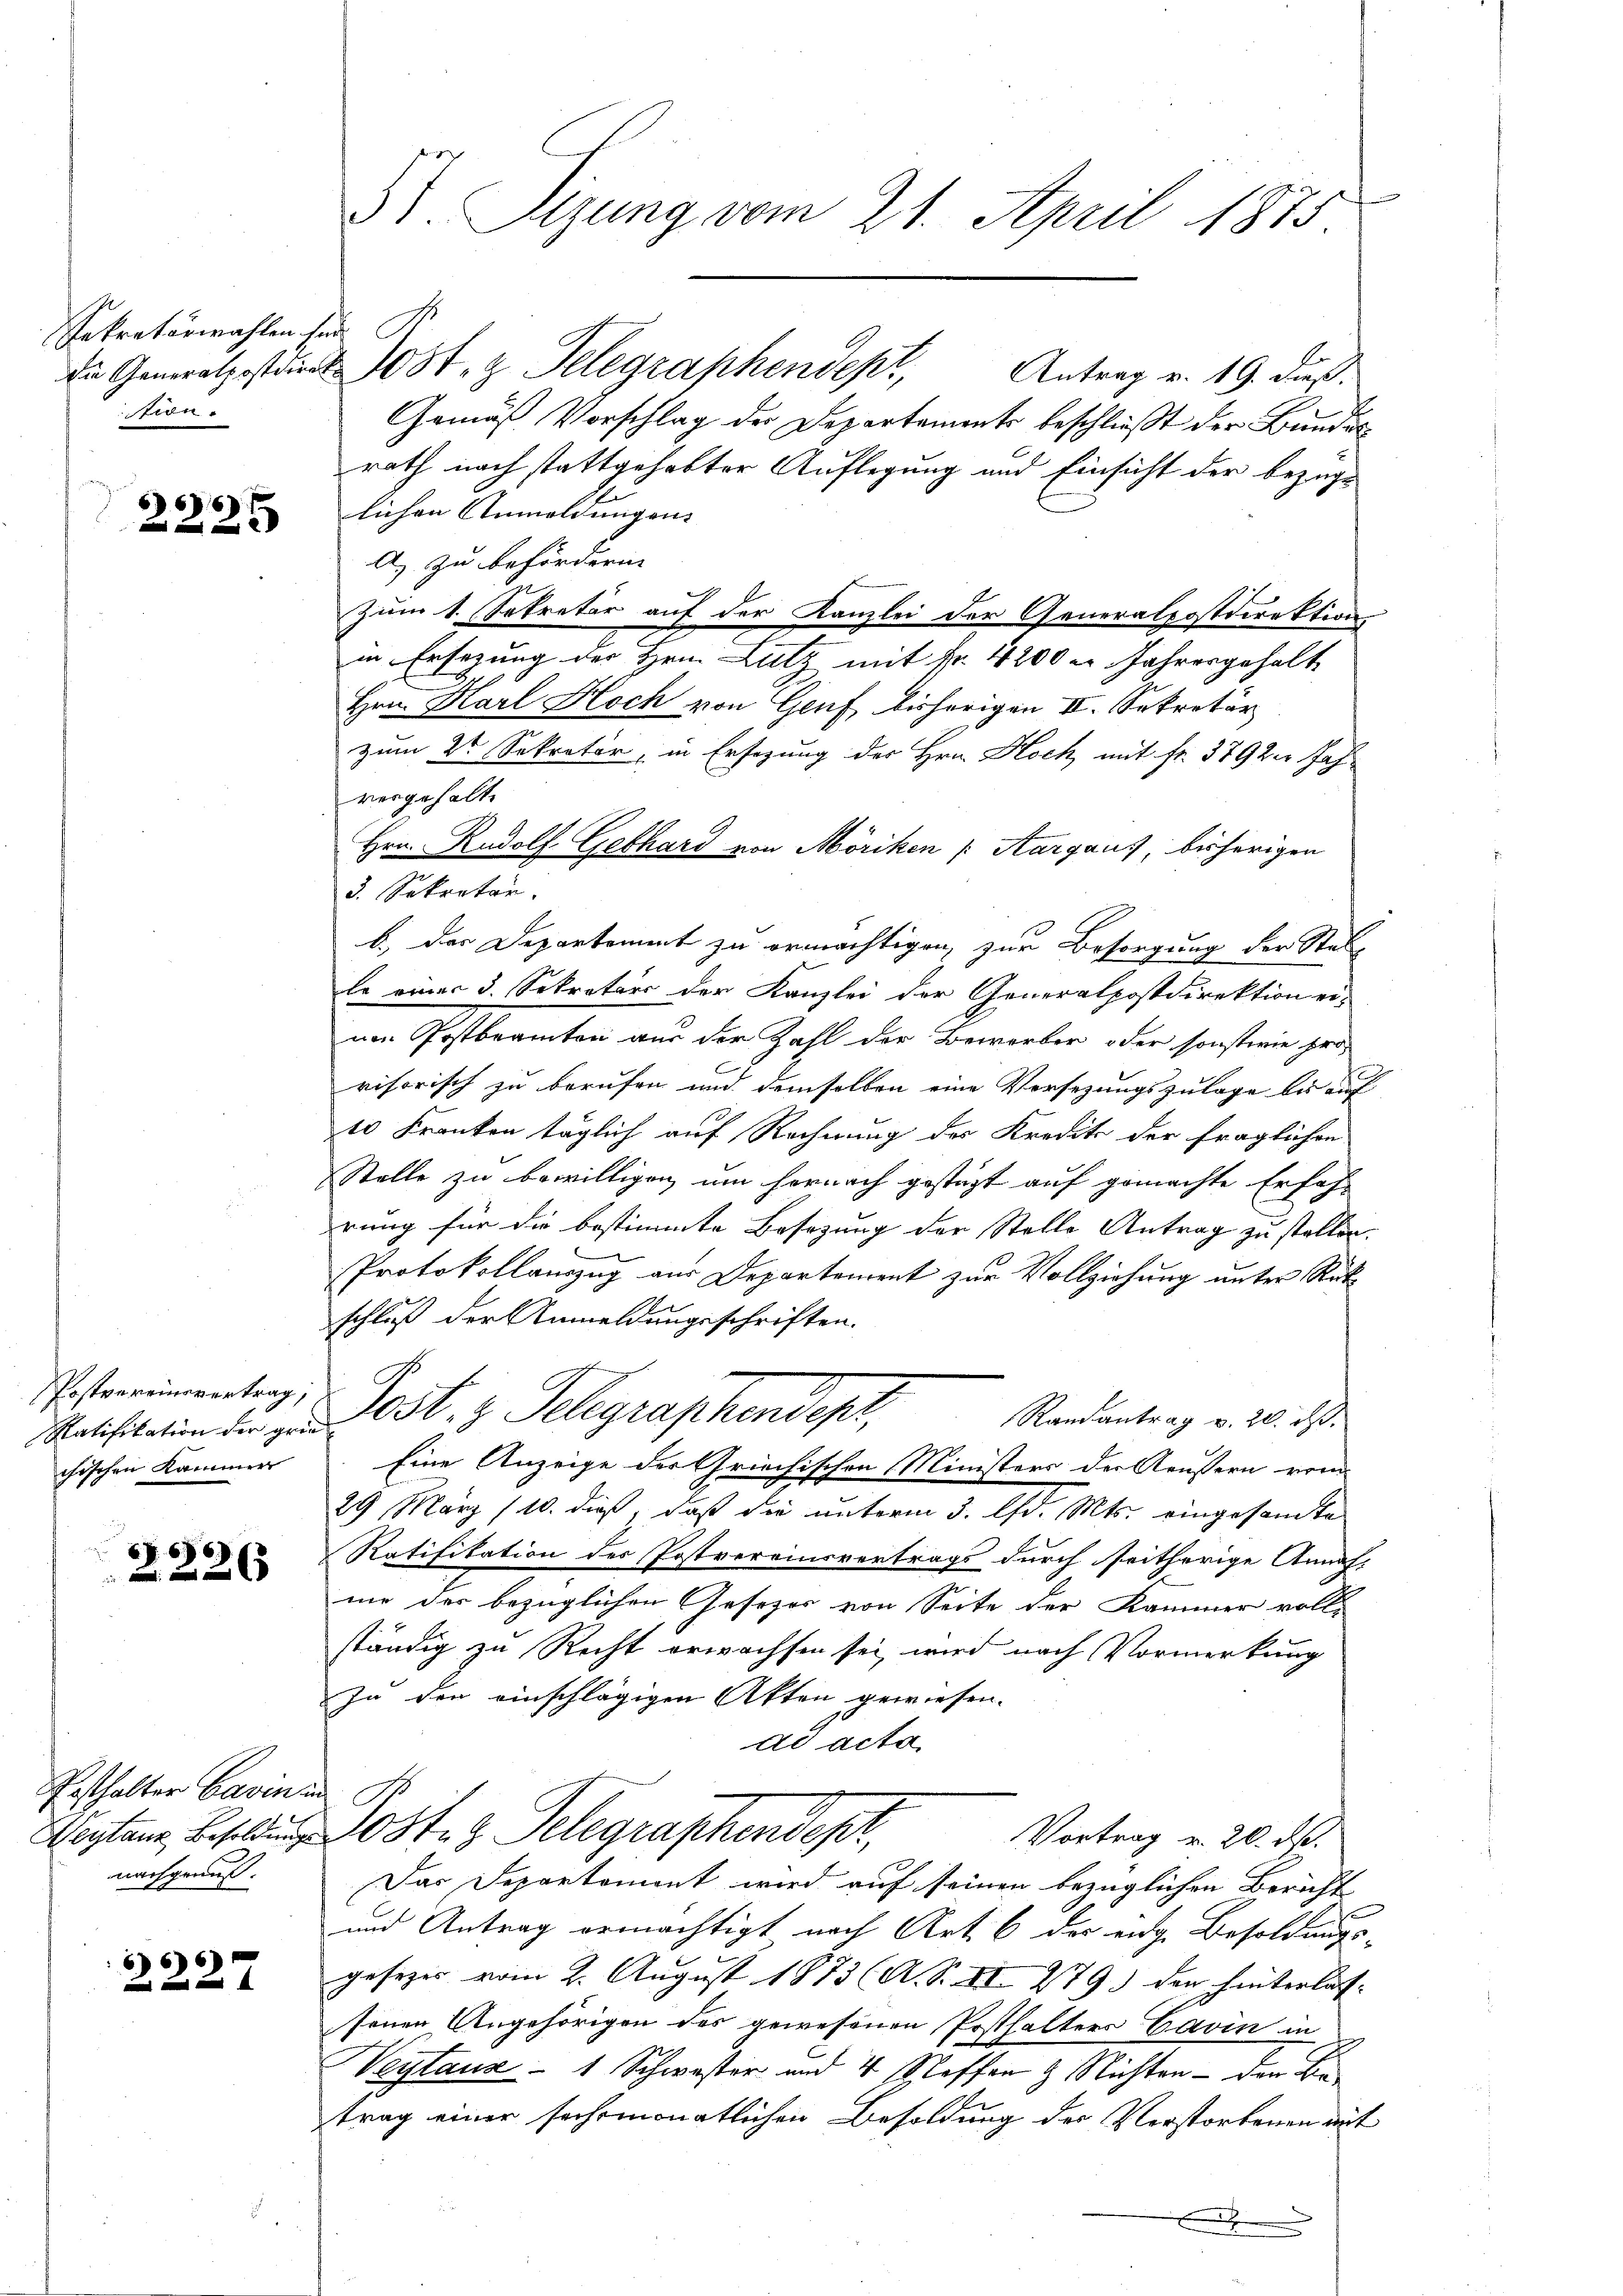
Sekretärwahlen sei
d

66
2x

Postvereinsvertrag,
chischen Kammer

66
2xx

Pesthalter Cavinen H
nachgenuß.

666

3t. Sitzung vom 21. April 1875.

Die Generalpostdiret St. z Telegraphendept, Antrag v. 19. das
Gemäß Vorschlag der Departements beschlieβt der Bundes
rath nach stattgehabter Auflegung und Einsicht der bezüg¬
.
lichen Anmeldungen.
A) zu befördern
Zum 1. Sekretär auf der Kanzlei der Generalpostdirektion
in Ersezung des Hrn. Lutz mit Fr. 4200 u. Jahresgehalt
Hrn. Karl Hoch von Genf bisherigen II. Sekretär
zum 2t Sekretär, in Ersezung der Hrn. Hoch, mit fr. 379 20 Jahvergehalte
Hrn. Rudolf Gebhard von Möriken (Aargaus, bisherigen
3. Sekretär.
b.) des Departement zu ermächtigen, zur Besorgung der Stel
le einer 3. Sekretärs der Kanzlei der Generalpostdirektion ei-
am Postbeamten aus der Zahl der Bewerker oder sonsterie per
visorisch zu berufen und demselben eine Versezungszulage bis auf
10 Kranken täglich auf Rechnung des Kredite der fraglichen
Stelle zu bewilligen, um hernach gestüzt auf gemachte Erfah-
rung für die bestimmte Besizung der Stelle Antrag zu stellen.
Protokollauszug aus Departement zur Vollziehung unter Rükschluß der Anmeldungsschriften.
Randantrag v. 20. d.
Ratifikation der Lost, z. Telegraphendepi,
Eine Anzeige der Griechischen Ministers der Aeussern von
29 März (10. dieß, daß die unterm 3. lfd. Mts. eingesamte
Ratifikation des Postvereinsvertrags durch seitherige Annah-
mie der bezüglichen Gesezes von Seite der Kammer voll-
ständig zu Recht erwachsen sei, wird nach Vormerkung
zu den einschlägigen Akten gewiesen.
ad acta
Werten Besolde 10 St. G. Telegraphendepr
Vortrag v. 20. ds.
Das Separtement wird auf seinen bezüglichen Bericht
und Antrag ermächtigt nach Art. 6 der eige Besoldungs-
gesezes vom 2. August 1873 (A. S. XI. 279) der hinterlas-
senen Angehörigen des gewesenen Posthalters Cavin in
Veytauz 1 Schwester und 4 Stoffen & Nichten - den Betrag einer sechsmonatlichen Besoldung der Verstorbenen mit